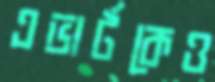
এভার্টকেও